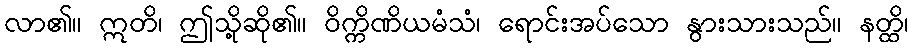
လာ၏။ ဣတိ၊ ဤသို့ဆို၏။ ဝိက္ကိဏိယမံသံ၊ ရောင်းအပ်သော နွားသားသည်။ နတ္ထိ၊